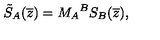
\tilde { S } _ { A } ( \overline { { z } } ) = { M _ { A } } ^ { B } S _ { B } ( \overline { { z } } ) ,